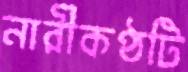
নারীকণ্ঠটি